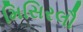
મિસિરલૌ